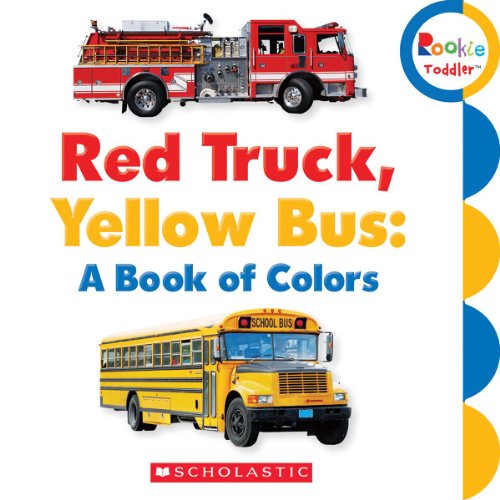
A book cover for Red Truck, Yellow Bus: A Book of Colors (Rookie Toddler); Children's Books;